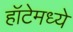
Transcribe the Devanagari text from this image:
हॉटेमध्ये